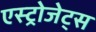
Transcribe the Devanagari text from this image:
एस्‍ट्रोजेट्स